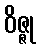
ဝိဇ္ဇု